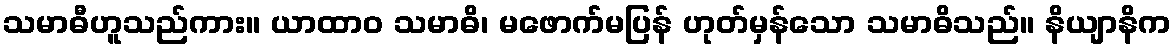
သမာဓီဟူသည်ကား။ ယာထာဝ သမာဓိ၊ မဖောက်မပြန် ဟုတ်မှန်သော သမာဓိသည်။ နိယျာနိက